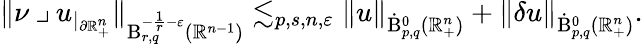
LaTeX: \begin{array}{r}{\lVert\nu\mathbin{\lrcorner}u_{|_{\partial\mathbb{R}_{+}^{n}}}\rVert_{\mathrm{B}_{r,q}^{-\frac{1}{r}-\varepsilon}(\mathbb{R}^{n-1})}\lesssim_{p,s,n,\varepsilon}\lVert u\rVert_{{\dot{\mathrm{B}}}_{p,q}^{0}(\mathbb{R}_{+}^{n})}+\lVert\mathbf{\delta}u\rVert_{{\dot{\mathrm{B}}}_{p,q}^{0}(\mathbb{R}_{+}^{n})}\mathrm{.}}\end{array}